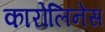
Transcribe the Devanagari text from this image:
कारोलिनेस